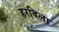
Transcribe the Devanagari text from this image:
हरविला